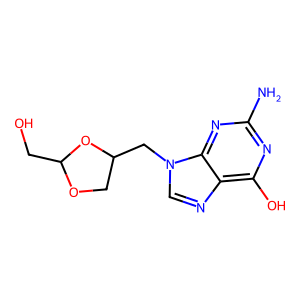
SMILES: Nc1nc(O)c2ncn(CC3COC(CO)O3)c2n1
Inhibits HIV replication: No